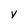
Character: v